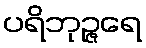
ပရိဘုဉ္ဇရေ